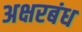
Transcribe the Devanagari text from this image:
अक्षरबंध